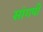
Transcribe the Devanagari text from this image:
सांगपी